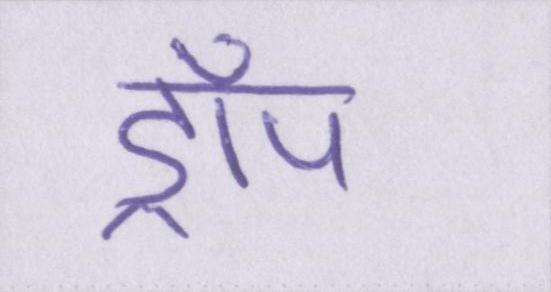
ड्रॉप